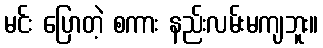
မင်း ပြောတဲ့ စကား နည်းလမ်းမကျဘူး။